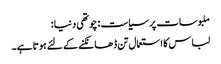
ملبوسات پر سیاست : چوتھی دنیا :
لباس کا استعمال تن ڈھانکنے کے لئے ہوتا ہے۔